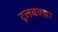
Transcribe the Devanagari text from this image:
टूलबक्सा